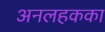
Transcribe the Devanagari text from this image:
अनलहकका